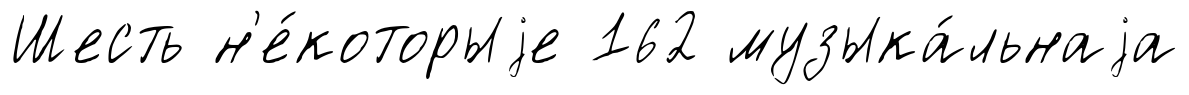
Шесть н'е́которыjе 162 музыка́льнаjа